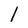
Character: l